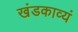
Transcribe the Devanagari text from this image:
खंडकाव्यं